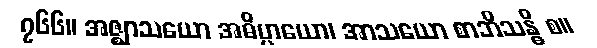
၇၆၆။ အဇ္ဈာသယော အဓိပ္ပာယော၊ အာသယော စာဘိသန္ဓိ စ။